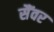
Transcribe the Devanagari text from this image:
सैंवर